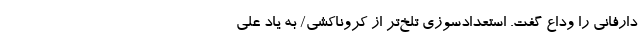
دارفانی را وداع گفت. استعداد‌سوزی تلخ‌تر از کرونا‌کُشی/ به یاد علی